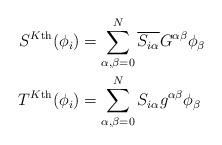
LaTeX: \begin{align*} S^{K\textnormal{th}}(\phi_i) &= \sum_{\alpha,\beta=0}^N \overline{S_{i \alpha}} G^{\alpha \beta} \phi_\beta \\ T^{K\textnormal{th}}(\phi_i) &= \sum_{\alpha,\beta=0}^N S_{i \alpha} g^{\alpha \beta} \phi_\beta\end{align*}